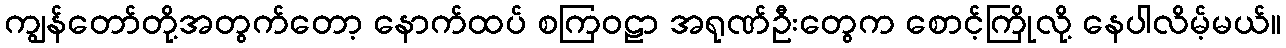
ကျွန်တော်တို့အတွက်တော့ နောက်ထပ် စကြဝဠာ အရုဏ်ဦးတွေက စောင့်ကြိုလို့ နေပါလိမ့်မယ်။